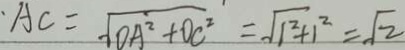
A C = \sqrt { O A ^ { 2 } + O C ^ { 2 } } = \sqrt { 1 ^ { 2 } + 1 ^ { 2 } } = \sqrt { 2 }